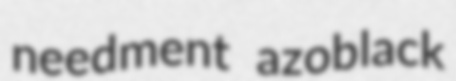
needment azoblack